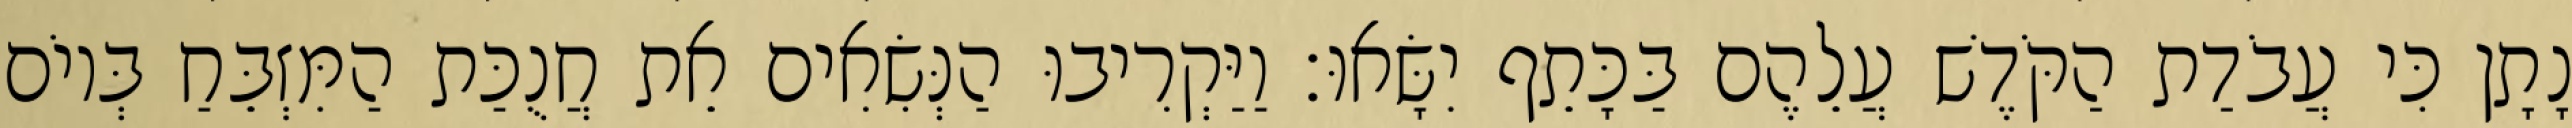
נָתָן כִּי עֲבֹדַת הַקֹּדֶשׁ עֲלֵהֶם בַּכָּתֵף יִשָּׂאוּ׃ וַיַּקְרִיבוּ הַנְּשִׂאִים אֵת חֲנֻכַּת הַמִּזְבֵּחַ בְּיוֹם